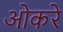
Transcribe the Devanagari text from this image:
ओकरे